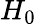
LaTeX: H_{0}